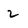
Character: 2